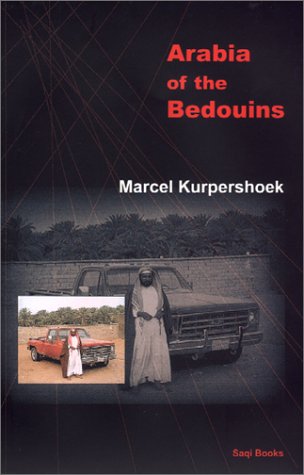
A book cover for Arabia of the Bedouins; Marcel Kurpershoek; Gay & Lesbian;